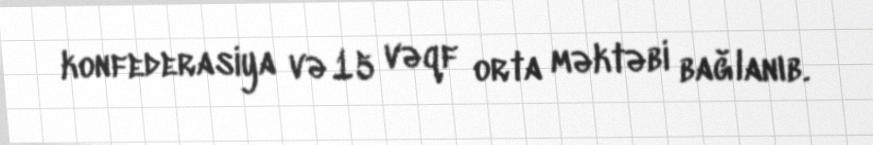
konfederasiya və 15 vəqf orta məktəbi bağlanıb.